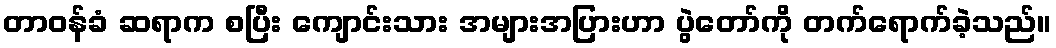
တာဝန်ခံ ဆရာက စပြီး ကျောင်းသား အများအပြားဟာ ပွဲတော်ကို တက်ရောက်ခဲ့သည်။